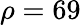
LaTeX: \rho=69